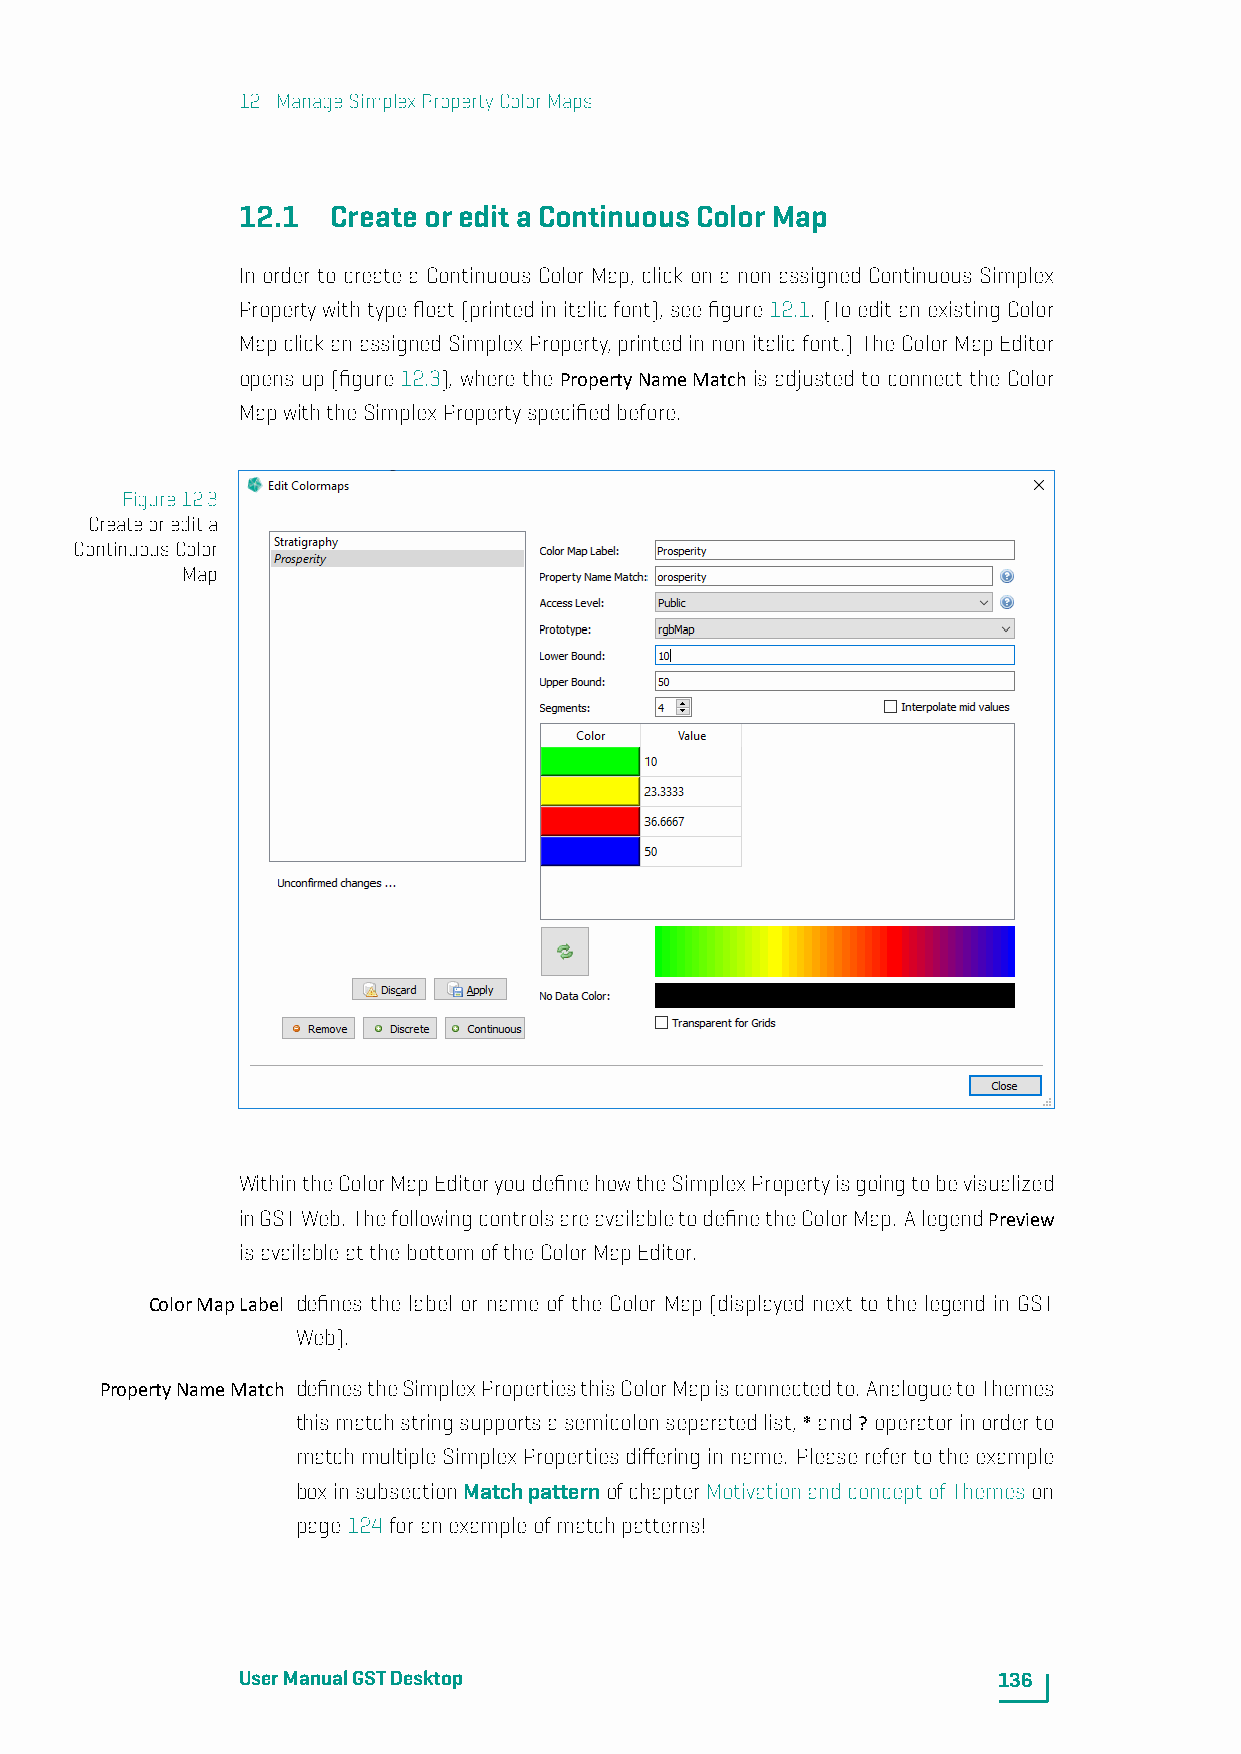
12. ManageSimplexPropertyColorMaps
 12.1  CreateoreditaContinuousColorMap
 In order to create a Continuous Color Map, click on a non assigned Continuous Simplex
 Propertywithtypefloat(printedinitalicfont),seefigure12.1. (ToeditanexistingColor
 MapclickanassignedSimplexProperty,printedinnonitalicfont.) TheColorMapEditor
 opens up (figure 12.3), where the PropertyNameMatch is adjusted to connect the Color
 MapwiththeSimplexPropertyspecifiedbefore.
 Figure12.3
 Createoredita
 ContinuousColor
 Map
 WithintheColorMapEditoryoudefinehowtheSimplexPropertyisgoingtobevisualized
 inGSTWeb. ThefollowingcontrolsareavailabletodefinetheColorMap. AlegendPreview
 isavailableatthebottomoftheColorMapEditor.
 ColorMapLabel defines the label or name of the Color Map (displayed next to the legend in GST
 Web).
 PropertyNameMatch definestheSimplexPropertiesthisColorMapisconnectedto. AnaloguetoThemes
 thismatchstringsupportsasemicolonseparatedlist,*and? operatorinorderto
 matchmultipleSimplexPropertiesdifferinginname. Pleaserefertotheexample
 boxinsubsectionMatchpatternofchapterMotivationandconceptofThemeson
 page124foranexampleofmatchpatterns!
 UserManualGSTDesktop                              136